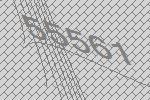
55561